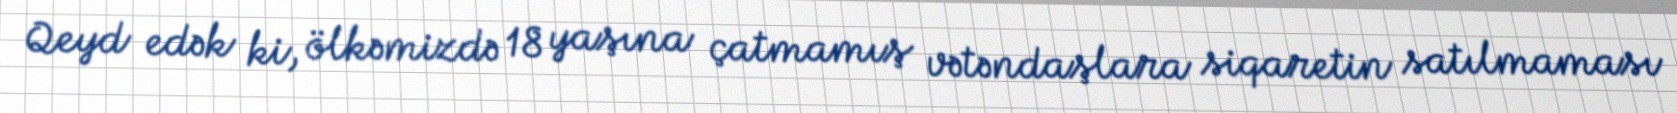
Qeyd edək ki, ölkəmizdə 18 yaşına çatmamış vətəndaşlara siqaretin satılmaması